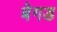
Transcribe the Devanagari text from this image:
बेगड